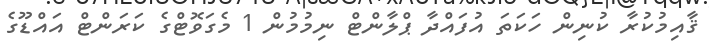
ޤާއިމުކުރާ ކުނިން ހަކަތަ އުފައްދާ ޕްލާންޓް ނިމުމުން 1 މެގަވޮޓްގެ ކަރަންޓް އައްޑޫގެ